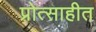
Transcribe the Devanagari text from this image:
प्रोत्साहीत